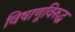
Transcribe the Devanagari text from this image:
विषाणूविरुद्ध